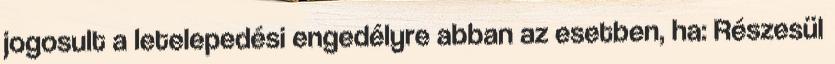
jogosult a letelepedési engedélyre abban az esetben, ha: Részesül